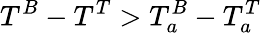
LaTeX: T^{B}-T^{T}>T_{a}^{B}-T_{a}^{T}